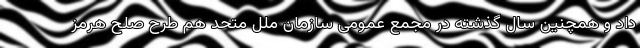
داد و همچنین سال گذشته در مجمع عمومی سازمان ملل متحد هم طرح صلح هرمز